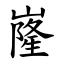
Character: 嶐